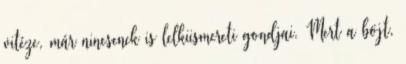
vitéze, már nincsenek is lelkiismereti gondjai. Mert a böjt,